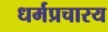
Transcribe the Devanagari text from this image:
धर्मप्रचारय